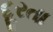
દૂરતા